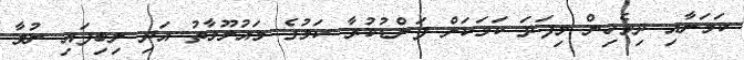
ކަމަށާއި ދިވެހިން މިފަދަ ކަމަކަށް ފަންޑުކުރާ ކަމުގެ މައުލޫމާތު އަދި ލިބިފައި ނުވާ